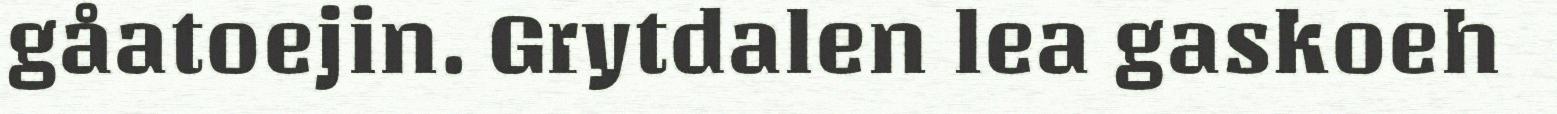
gåatoejin. Grytdalen lea gaskoeh